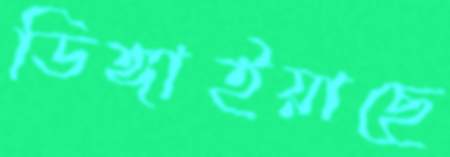
ডিঙ্গাইয়াছে